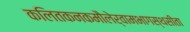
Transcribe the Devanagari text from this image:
कलितकनकमौलेर्वामभागस्थसीता